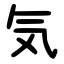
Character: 気